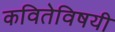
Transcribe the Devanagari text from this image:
कवितेविषयी